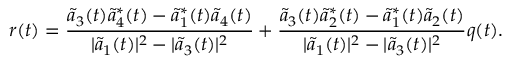
r ( t ) = \frac { \tilde { a } _ { 3 } ( t ) \tilde { a } _ { 4 } ^ { * } ( t ) - \tilde { a } _ { 1 } ^ { * } ( t ) \tilde { a } _ { 4 } ( t ) } { | \tilde { a } _ { 1 } ( t ) | ^ { 2 } - | \tilde { a } _ { 3 } ( t ) | ^ { 2 } } + \frac { \tilde { a } _ { 3 } ( t ) \tilde { a } _ { 2 } ^ { * } ( t ) - \tilde { a } _ { 1 } ^ { * } ( t ) \tilde { a } _ { 2 } ( t ) } { | \tilde { a } _ { 1 } ( t ) | ^ { 2 } - | \tilde { a } _ { 3 } ( t ) | ^ { 2 } } q ( t ) .